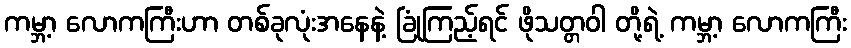
ကမ္ဘာ့ လောကကြီးဟာ တစ်ခုလုံးအနေနဲ့ ခြုံကြည့်ရင် ဖိုသတ္တဝါ တို့ရဲ့ ကမ္ဘာ့ လောကကြီး